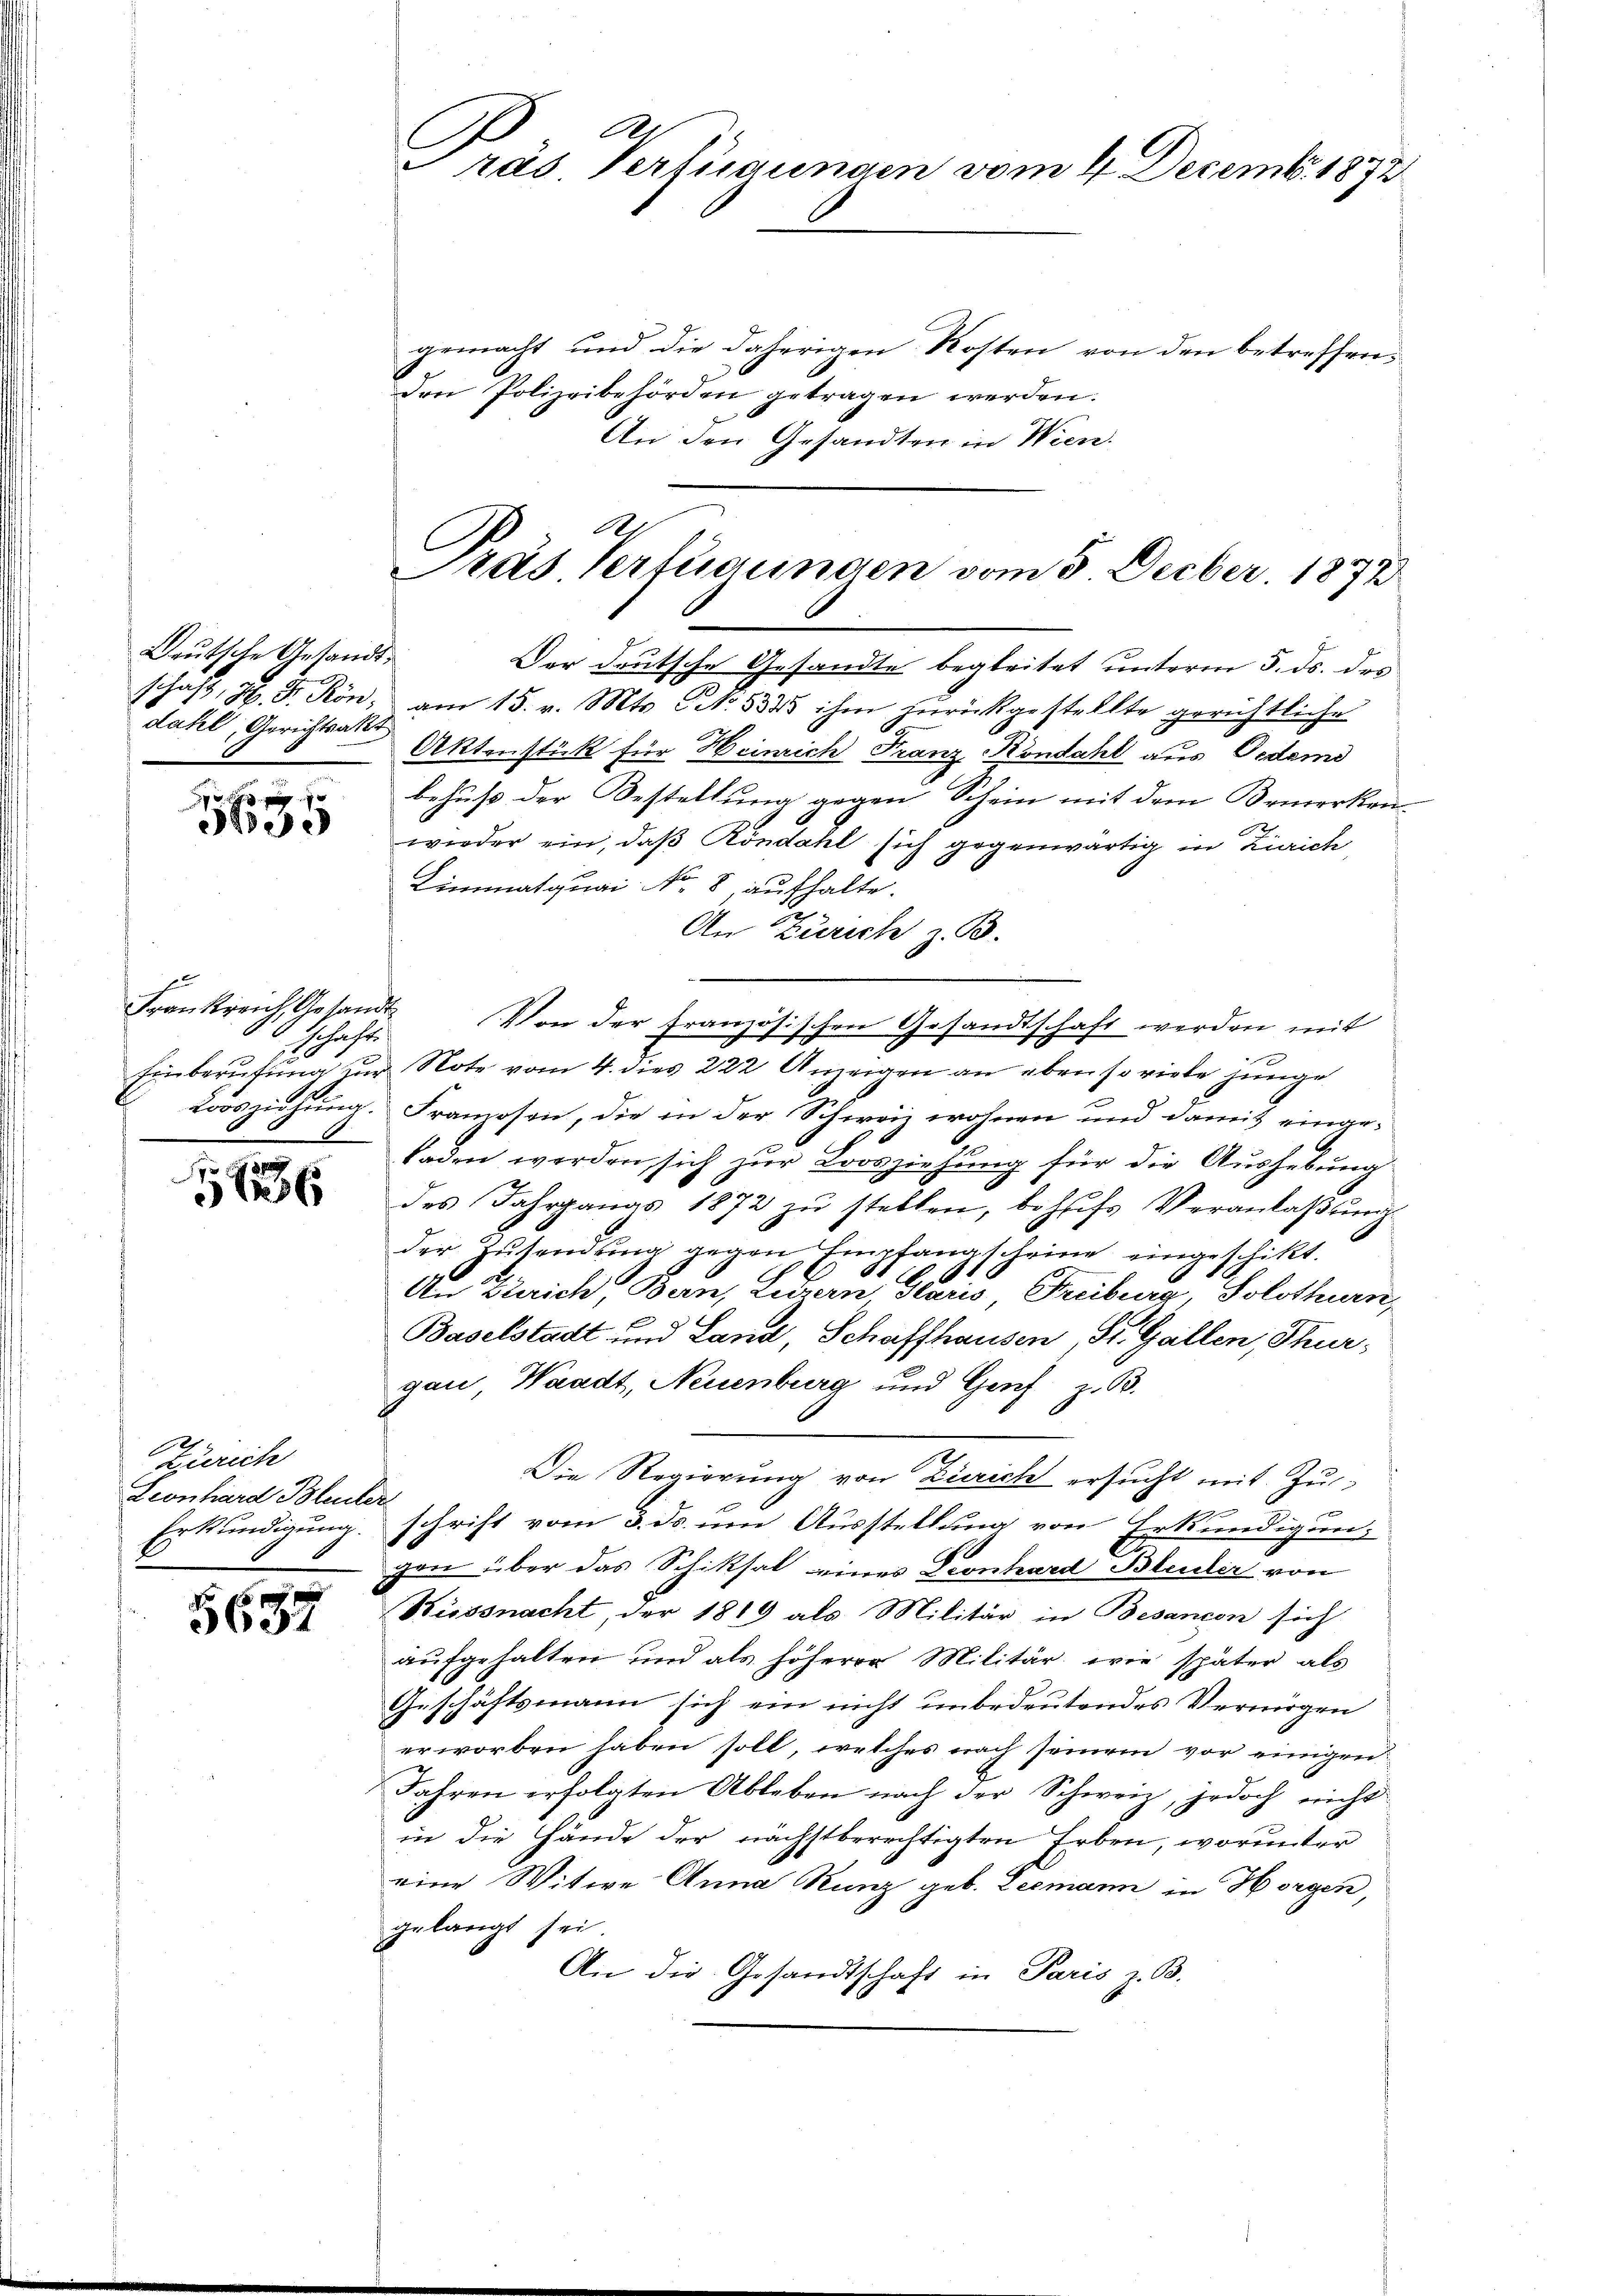
Deutsche Gesandtdahl, Gerichtsakt

e

Frankreich Gesandt
schaft

136

Zürich
Leonhard Bleuler

e
5632

gemacht und die daherigen Kosten von den betreffenden Polizeibehörden getragen werden.
An den Gesandten in Wien.

rás Verfügungen vom 4. Decemb. 1872

1
Pras Verfügungen vom 3. Decbr. 1872

Der deutsche Gesandte begleitet unterm 5. ds. des
schaft, H. F. Rön, am 15. v. Mts. No. 533 ihm zurückgestellte gerichtliche
Aktenstück für Heinrich Franz-Kondahl aus Oedem
behuf der Bestellung gegen Schein mit dem Bemerken
wieder ein, daß Röndahl sich gegenwärtig in Zürich
Limmatquai No. 8, aufhalte.
An Zürich z. B.
Von der Franz
ösischen Gesandtschaft werden mit
Einberufung zur Note vom 4. dies 222 Anzeigen an eben so viele junge
Löösziehung. Franzosen, die in der Schweiz wohnen und damit einge¬
 laden werden sich zur Loosziehung für die Aushebung
des Jahrganas 1872 zŭ stellen, behufs Veranlaβŭng
der Zusendung gegen Empfanascheine eingeschikt.
An Zürich, Bern, Luzern Graus Freiburg, Solothurn,
Baselstadt und Land, Schaffhausen, St. Gallen, Thurgau, Waadt, Neuenburg und Genf z. B.
Die Regierung von Zürich ersucht mit Zux

Erkundigung. Schrift vom 3. ds. um Ausstellung von Erkundigungen über das Schiksal eines Geonhard Bluder von
Küssnacht, der 1819 als Militär in Besancen sich
aufgehalten und als höhere Militär wie später als
Geschäftsmann sich ein nicht unbedeutendes Vermögen
erworben haben soll, welches nach seinem vor einigen
Jahren erfolgten Ableben nach der Schweiz, jedoch nicht
in die Hände der nächstberechtigten Erben, worunter
eine Witwe Anna Runz geb. Leemann in Horgen,
gelangt sei
An die Gesandtschaft in Paris z. B.